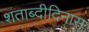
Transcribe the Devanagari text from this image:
शताब्दीदिनास